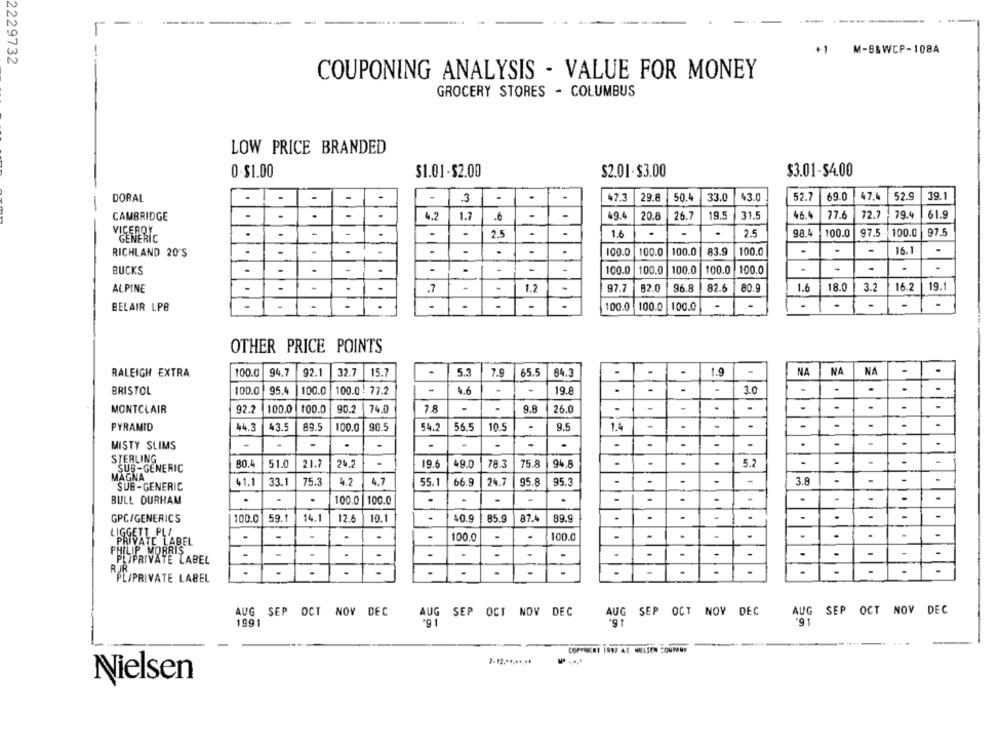
+1 M-B&WCP-108A
2229732
COUPONING ANALYSIS - VALUE FOR MONEY
GROCERY STORES - COLUMBUS
LOW PRICE BRANDED
$1.01-$2.00
$2.01-$3.00
$3.01-$4.00
0-$1.00
52.7
69.0
47.4
52.9
39.1
DORAL
3
29.8
50.4
33.0
43.0
CAMBRIDGE
.
.
4.2
1.7
-
49.4
20.8
26.7
19.5
31.5
46.4
77.6
72.7
79.4
61.9
.
-
1.6
.
2.5
98.4
100.0
97.5
100.0
97.5
GENERIC
2.5
RICHLAND 20'S
.
-
100.0
100.0
100.0
83.9
100.0
-
.
-
16.1
-
BUCKS
.
.
100.0
100.0
100.0
100.0
100.0
-
18.0
3.2
16.2
19.1
ALPINE
.
.
.7
.
1.2
97.7
82.0
96.8
82.6
80.9
1.6
BELAIR LPB
100.0
100.0
100.0
-
.
-
OTHER PRICE POINTS
RALEIGH EXTRA
100.0
94.7
92.1
32.7
15.7
5.3
7.9
65.5
84.3
-
1.9
-
NA
NA
NA
.
BRISTOL
100.0
95.4
100.0
100.0 . 77.2
-
46
-
-
19.8
.
3.0
.
.
MONTCLAIR
92.2
100.0
100.0
90.2
74.0
-
.
9.8
26.0
-
.
-
-
PYRAMID
44.3
43.5
89.5
100.0
90.5
54.2
56.5
10.5
9.5
1.4
.
-
.
.
.
-
MISTY SLIMS
.
-
-
-
-
.
-
STERLING
80.4
51.0
21.7
24.2
19.6
49.0
78.3
75.8
94.8
.
5.2
.
-
SUB-GENERIC
MAGNA
41.1
75.3
42
55.1
66.9
24.7
-
3.8
-
-
SUB-GENERIC
33.1
4.7
95.8
95.3
-
.
.
BULL DURHAM
.
100.0
100.0
.
.
.
.
-
-
.
GPC/GENERICS
100.0
59.1
14.1
12.6
10.1
40.9
85.9
87.4
89.9
-
.
-
LIGGETT PLI
ATE LABEL
-
.
.
100.0
.
100.0
4
.
.
.
PHILIP MORRIS
-
-
-
-
-
-
-
-
-
PLIPRIVATE LABEL
-
.
ROLIPRIVATE LABEL
AUG SEP OCT NOV DEC
AUG
SEP OCT NOV DEC
AUG SEP OCT NOV DEC
AUG SEP OCT NOV DEC
1991
*91
7-12 .**.**,**
Nielsen